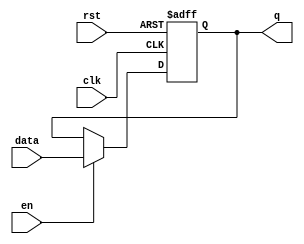
//Hayden Prater
//November 2, 2022
//D Flip-Flop
`timescale 1ns/10ps
module dff(clk, rst, en, data, q);
input[15:0] data;
input en, clk, rst;
output reg[15:0] q; 

always @(posedge clk or posedge rst)
    begin
    if(rst)
        q <= 16'b0000000000000000;
    else if(en)
        q <= data;
    end
endmodule